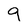
Character: 9